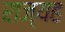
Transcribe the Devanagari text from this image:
राज्यह